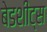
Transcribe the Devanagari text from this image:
बेडशीट्स